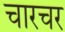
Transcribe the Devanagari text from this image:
चारचर